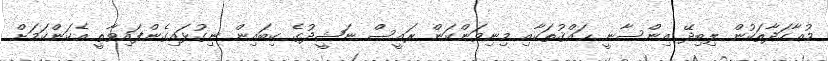
މުޢާހަދާތަކުން ލިބިދޭ އިންސާނީ ޙައްޤުތަކާއި މިނިވަންކަން ރައީސް ނަޝީދުގެ ކިބައިން ނިގުޅައިގެންފައިވާތީ އެކަންކަމަށް